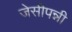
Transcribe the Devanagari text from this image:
जेसीपन्नी